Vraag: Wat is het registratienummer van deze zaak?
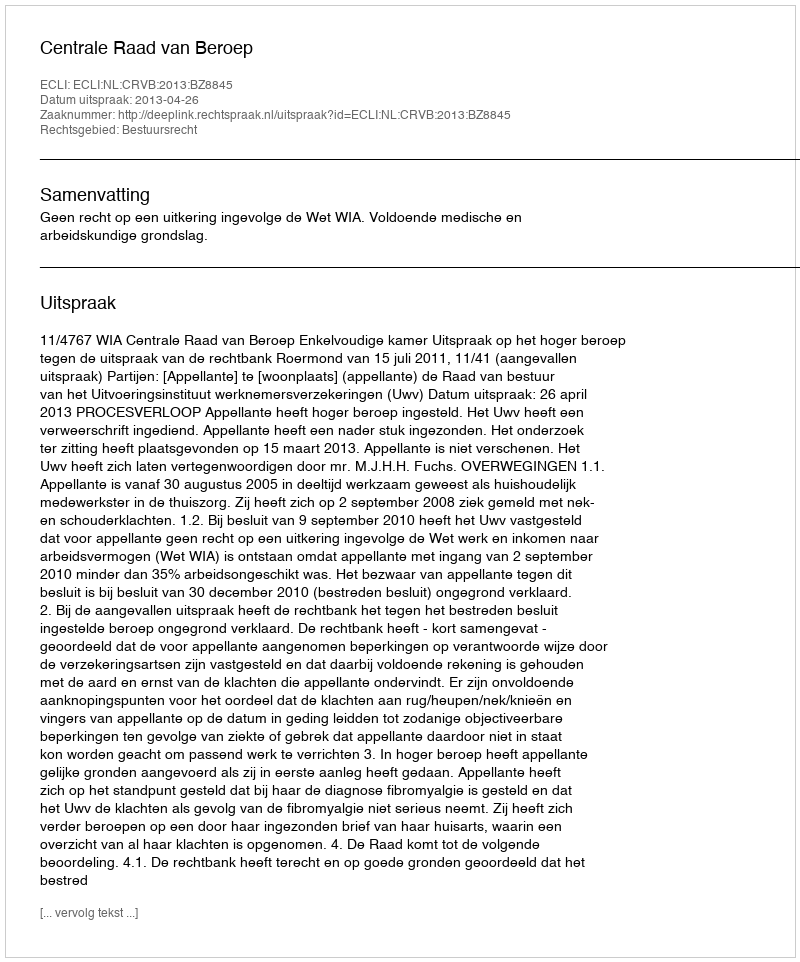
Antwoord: http://deeplink.rechtspraak.nl/uitspraak?id=ECLI:NL:CRVB:2013:BZ8845